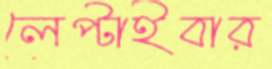
লেপ্‌টাইবার